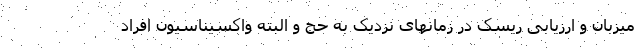
میزبان و ارزیابی ریسک در زمانهای نزدیک به حج و البته واکسیناسیون افراد